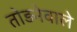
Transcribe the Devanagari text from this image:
तोड़नेवाले